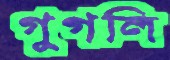
গুগলি